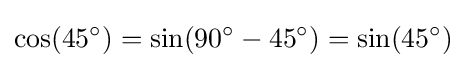
\cos(45^{\circ })=\sin(90^{\circ }-45^{\circ })=\sin(45^{\circ })